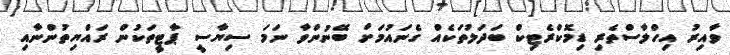
ވާއިރު އިހްލާސްތެރި ޑިމޮކްރެޓިކް ބަދަލުތަކެއް ގެނައުމަށް ބޭނުންވާ ނަމަ ސިޔާސީ ޕާޓީތަކުން ރައްޔިތުންނާއި